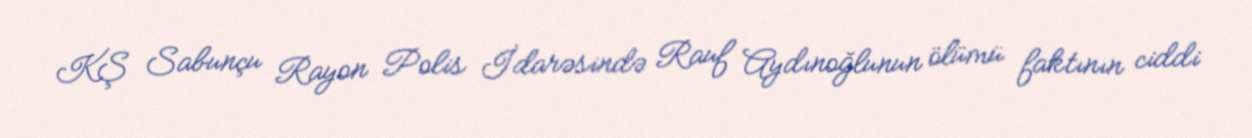
KŞ Sabunçu Rayon Polis İdarəsində Rauf Aydınoğlunun ölümü faktının ciddi